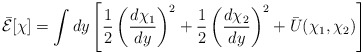
\begin{align*}\bar{{\cal E}}[\chi]=\int dy \left[ \frac{1}{2} \left(\frac{d\chi_1}{d y}\right)^2 + \frac{1}{2} \left(\frac{d \chi_2}{dy}\right)^2 + \bar{U}(\chi_1,\chi_2) \right] \end{align*}